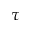
\tau